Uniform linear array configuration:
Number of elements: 32
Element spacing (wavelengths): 0.5
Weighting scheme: hann
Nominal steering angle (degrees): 0
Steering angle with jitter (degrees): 1.142
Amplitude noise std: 0.05
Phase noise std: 0.05

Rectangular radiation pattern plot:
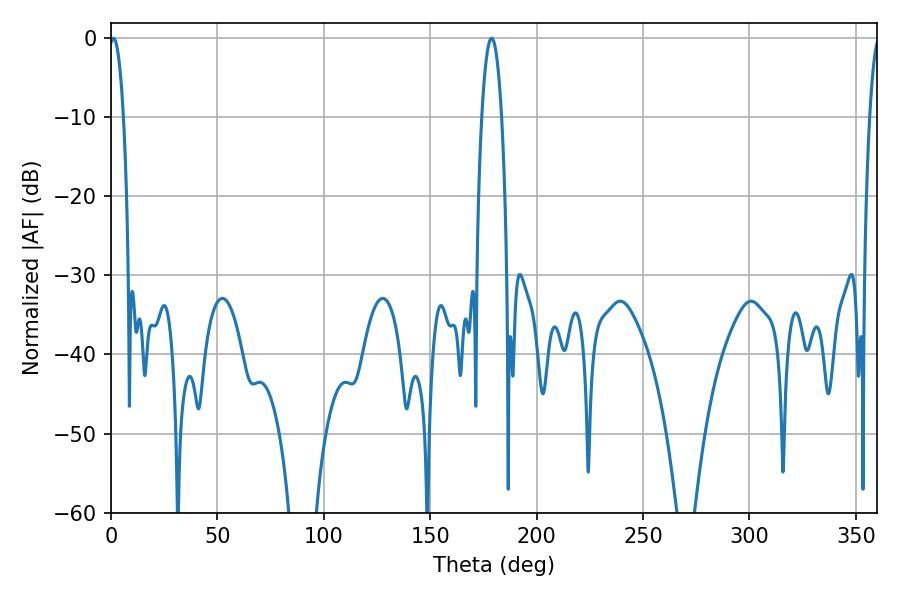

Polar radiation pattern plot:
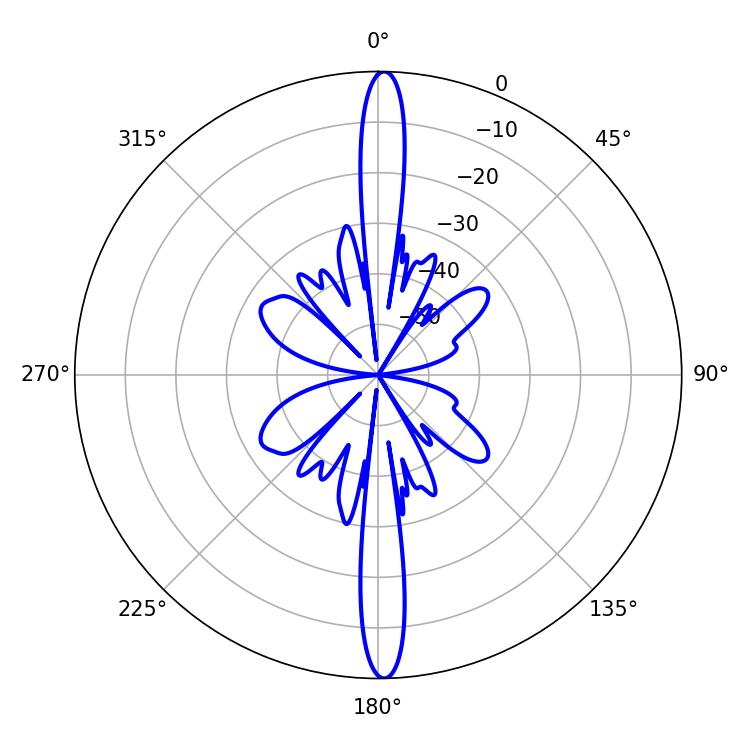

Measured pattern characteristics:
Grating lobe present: FALSE
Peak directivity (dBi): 27.243
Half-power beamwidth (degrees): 3.78
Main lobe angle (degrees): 1.08